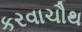
કરવાચૌથ